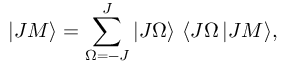
| J M \rangle = \sum _ { \Omega = - J } ^ { J } | J \Omega \rangle \ \langle J \Omega \, | J M \rangle ,